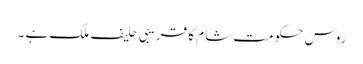
روس حکومت شام کا قریبی حلیف ملک ہے ۔